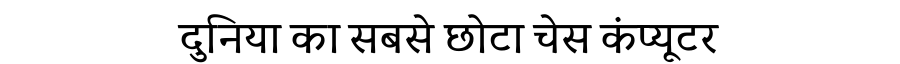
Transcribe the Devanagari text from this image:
दुनिया का सबसे छोटा चेस कंप्यूटर